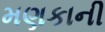
મણકાની